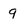
Character: 9